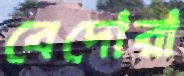
বেদোরা